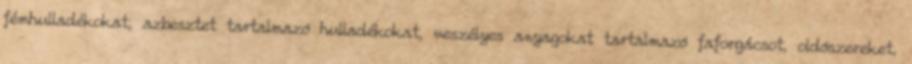
fémhulladékokat, azbesztet tartalmazó hulladékokat, veszélyes anyagokat tartalmazó faforgácsot, oldószereket,